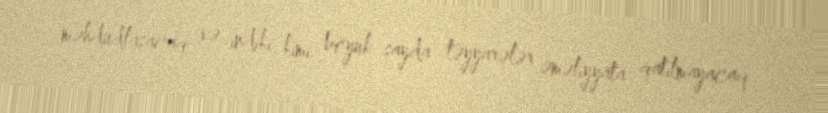
məhdudlaşacaq və indiki kimi böyük sayda təyyarələr əməliyyata qatılmayacaq.